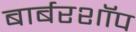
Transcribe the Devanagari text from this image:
बार्बरशॉप